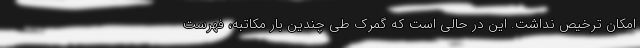
امکان ترخیص نداشت. این در حالی است که گمرک طی چندین بار مکاتبه، فهرست